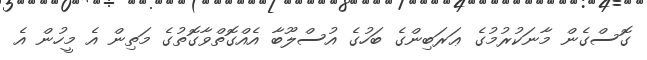
ގޮސްގެން މާނަކުރުމުގެ ޢަރަބިންގެ ބަހުގެ އުސްލޫބާ އެއްގޮތްވާގޮތުގެ މަތިން އެ މީހުން އެ